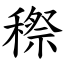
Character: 穄